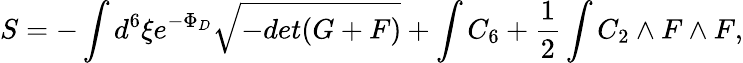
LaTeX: S=-\int d^{6}\xi e^{-\Phi_{D}}\sqrt{-det(G+F)}+\int C_{6}+{\frac{1}{2}}\int C_{2}\wedge F\wedge F,